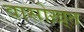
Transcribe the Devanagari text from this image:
वासोख़्त